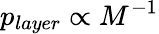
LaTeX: p_{layer}\propto M^{-1}